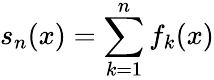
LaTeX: s_{n}(x)=\sum_{k=1}^{n}f_{k}(x)